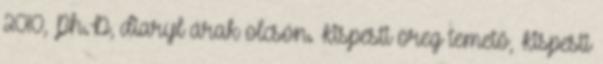
2010, Ph.D, diaryl árak olcsón. Kispesti öreg temető, Kispesti